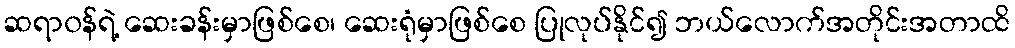
ဆရာ၀န်ရဲ့ ဆေးခန်းမှာဖြစ်စေ၊ ဆေးရုံမှာဖြစ်စေ ပြုလုပ်နိုင်၍ ဘယ်လောက်အတိုင်းအတာထိ